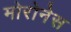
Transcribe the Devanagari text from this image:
मोरोनेस